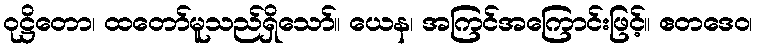
ဝုဋ္ဌိတော၊ ထတော်မူသည်ရှိသော်။ ယေန၊ အကြင်အကြောင်းဖြင့်။ ဧတဒေဝ၊